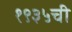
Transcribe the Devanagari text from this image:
१९३५ची